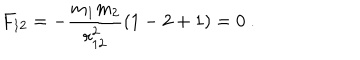
F _ { 1 2 } = - \frac { m _ { 1 } m _ { 2 } } { r _ { 1 2 } ^ { 2 } } ( 1 - 2 + 1 ) = 0 \ .